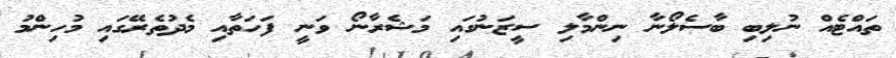
ތައްޓެއް ނުލިބި ބާސެލޯނާ ނިންމާލި ސީޒަނުގައި މަޝެރާނޯ ވަނީ ފަހަތާއި މެދުތެރޭގައި މުހިންމު